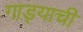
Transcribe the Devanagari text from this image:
गाड्याची